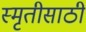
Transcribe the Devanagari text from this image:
स्मृतीसाठी